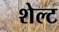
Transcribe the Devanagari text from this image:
शेल्ट